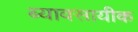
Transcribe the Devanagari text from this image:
ब्यावसायीक